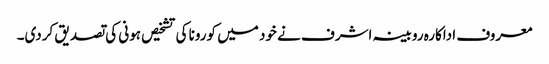
معروف اداکارہ روبینہ اشرف نے خود میں کورونا کی تشخیص ہونی کی تصدیق کردی۔